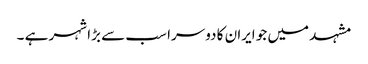
مشہد میں جو ایران کا دوسرا سب سے بڑا شہر ہے ۔